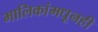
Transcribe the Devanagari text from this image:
मालिकांमधूनही